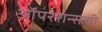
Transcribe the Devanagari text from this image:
ऑपरेशन्सची